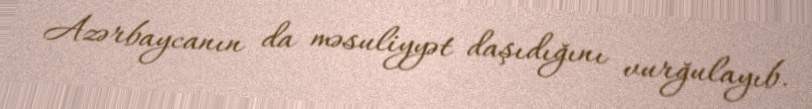
Azərbaycanın da məsuliyyət daşıdığını vurğulayıb.